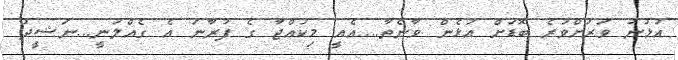
އުޅުނު ވަރަށްވުރެ ބޮޑަށް އުޅެން ވާނެތާ....އެއީ މިކުއްޖާ ގެ ފުރާނަ އެ ގެއްލުނީ...ނަޝީދު